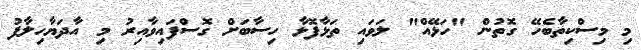
މި މިސްކިތާބެހޭ ގޮތުން "ހަޅޭއް" ލަވައި ތަޅާފޮޅާ ހިސާބަށް ގޮސްފައިވާއިރު މި އާދަޔާހިލާފު